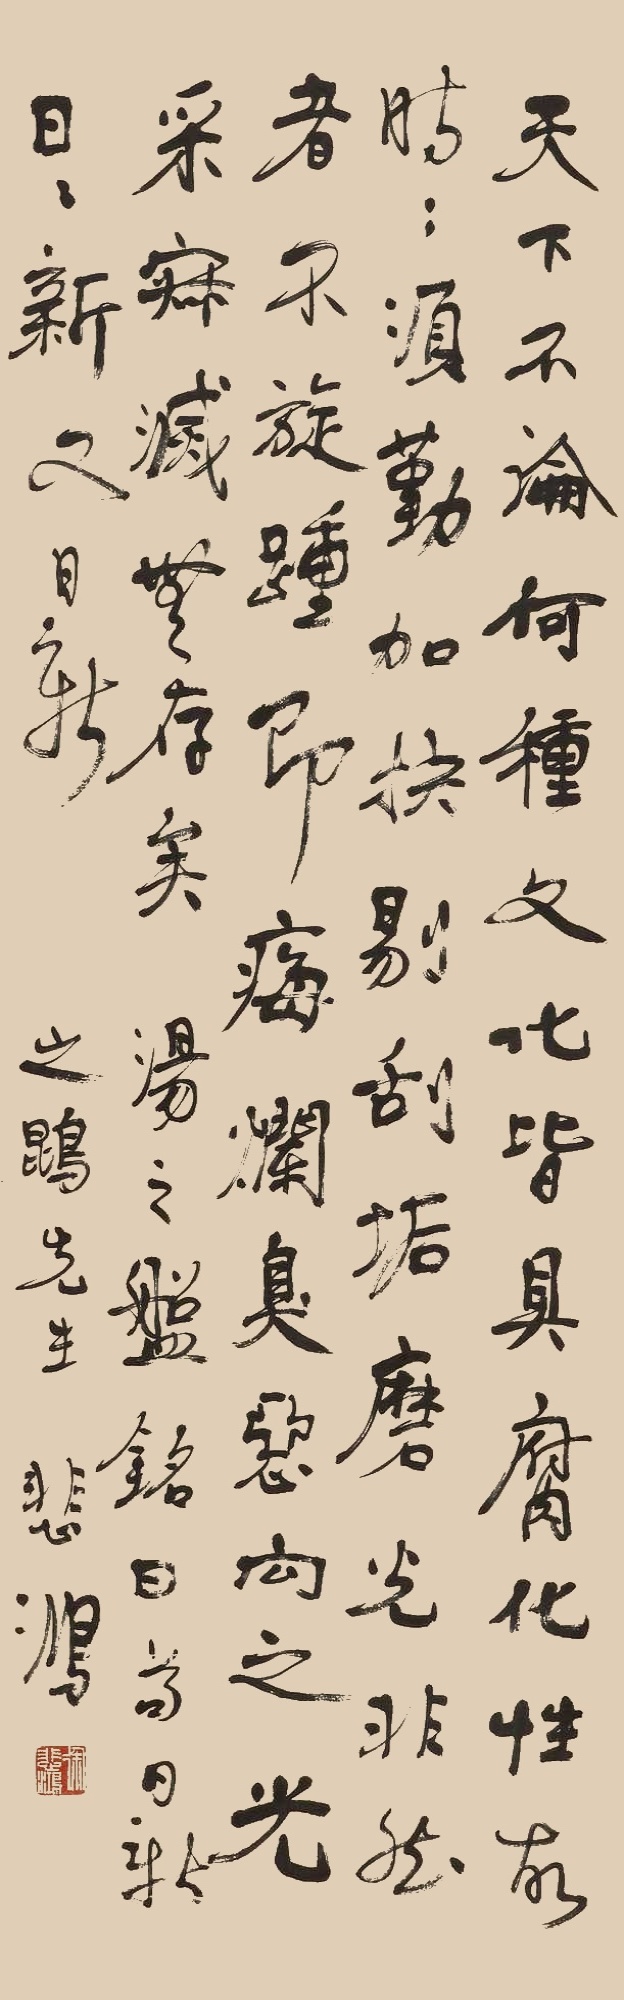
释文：天下不论何种文化皆具腐化性，故时时须勤加抉剔,刮垢磨光。非然者不旋踵即霉烂臭恶，向之光彩寂灭无存矣。汤之盘铭曰:苟日新，日日新，又日新。之鹍先生，悲鸿。徐悲鸿（白文）